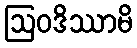
ဩဝဒိဿာမိ